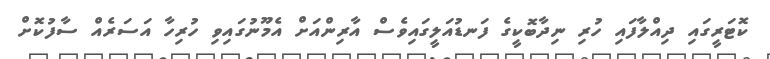
ކޮޓަރީގައި ދިއްލާފައި ހުރި ނިދާބޮކީގެ ފަނޑުއަލީގައިވެސް އާރިންއަށް އެމޫނުގައިވި ހުރިހާ އަސަރެއް ސާފުކޮށް